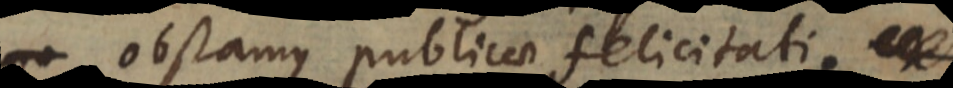
obstamus publicae felicitati.